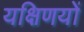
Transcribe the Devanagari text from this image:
यक्षिणयों